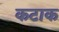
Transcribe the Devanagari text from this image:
कटाक